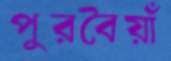
পুরবৈয়াঁ